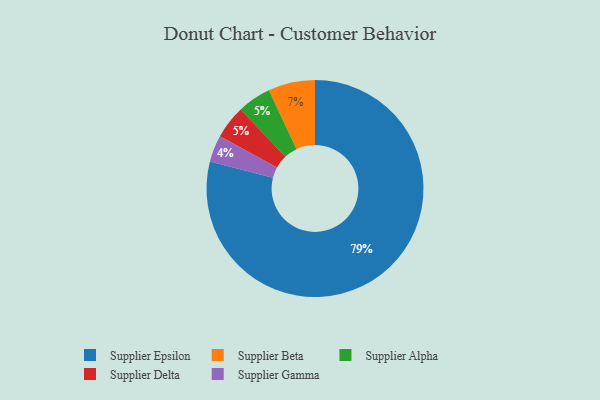
{"axis": {"x": "Category", "y": "Percentage"}, "legend": ["Supplier Alpha", "Supplier Beta", "Supplier Delta", "Supplier Epsilon", "Supplier Gamma"], "data": [{"x": "Supplier Epsilon", "y": 79, "type": "Supplier Epsilon"}, {"x": "Supplier Gamma", "y": 4, "type": "Supplier Gamma"}, {"x": "Supplier Alpha", "y": 5, "type": "Supplier Alpha"}, {"x": "Supplier Delta", "y": 5, "type": "Supplier Delta"}, {"x": "Supplier Beta", "y": 7, "type": "Supplier Beta"}]}